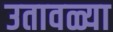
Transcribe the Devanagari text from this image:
उतावळ्या